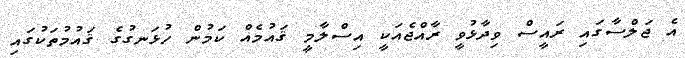
އެ ޖަލްސާގައި ރައީސް ވިދާޅުވީ ރާއްޖެއަކީ އިސްލާމީ ޤައުމެއް ކަމުން ހުޅަނގުގެ ޤައުމުތަކުގައި